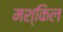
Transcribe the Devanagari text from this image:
मश्किल